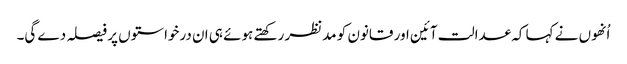
اُنھوں نے کہا کہ عدالت آئین اور قانون کو مدنظر رکھتے ہوئے ہی ان درخواستوں پر فیصلہ دے گی۔